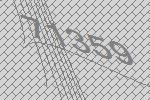
71359